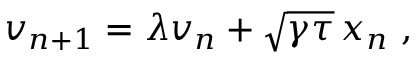
v _ { n + 1 } = \lambda v _ { n } + \sqrt { \gamma \tau } \, x _ { n } \ ,